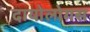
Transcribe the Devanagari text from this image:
दायोलोगस